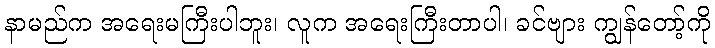
နာမည်က အရေးမကြီးပါဘူး၊ လူက အရေးကြီးတာပါ၊ ခင်ဗျား ကျွန်တော့်ကို